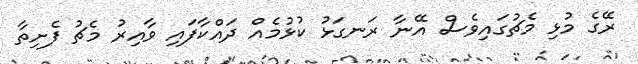
ރޭގެ މުޅި މެޗުގައިވެސް އޭނާ ރަނގަޅު ކުޅުމެއް ދައްކާފައި ވާއިރު މެޗު ފެށިތާ